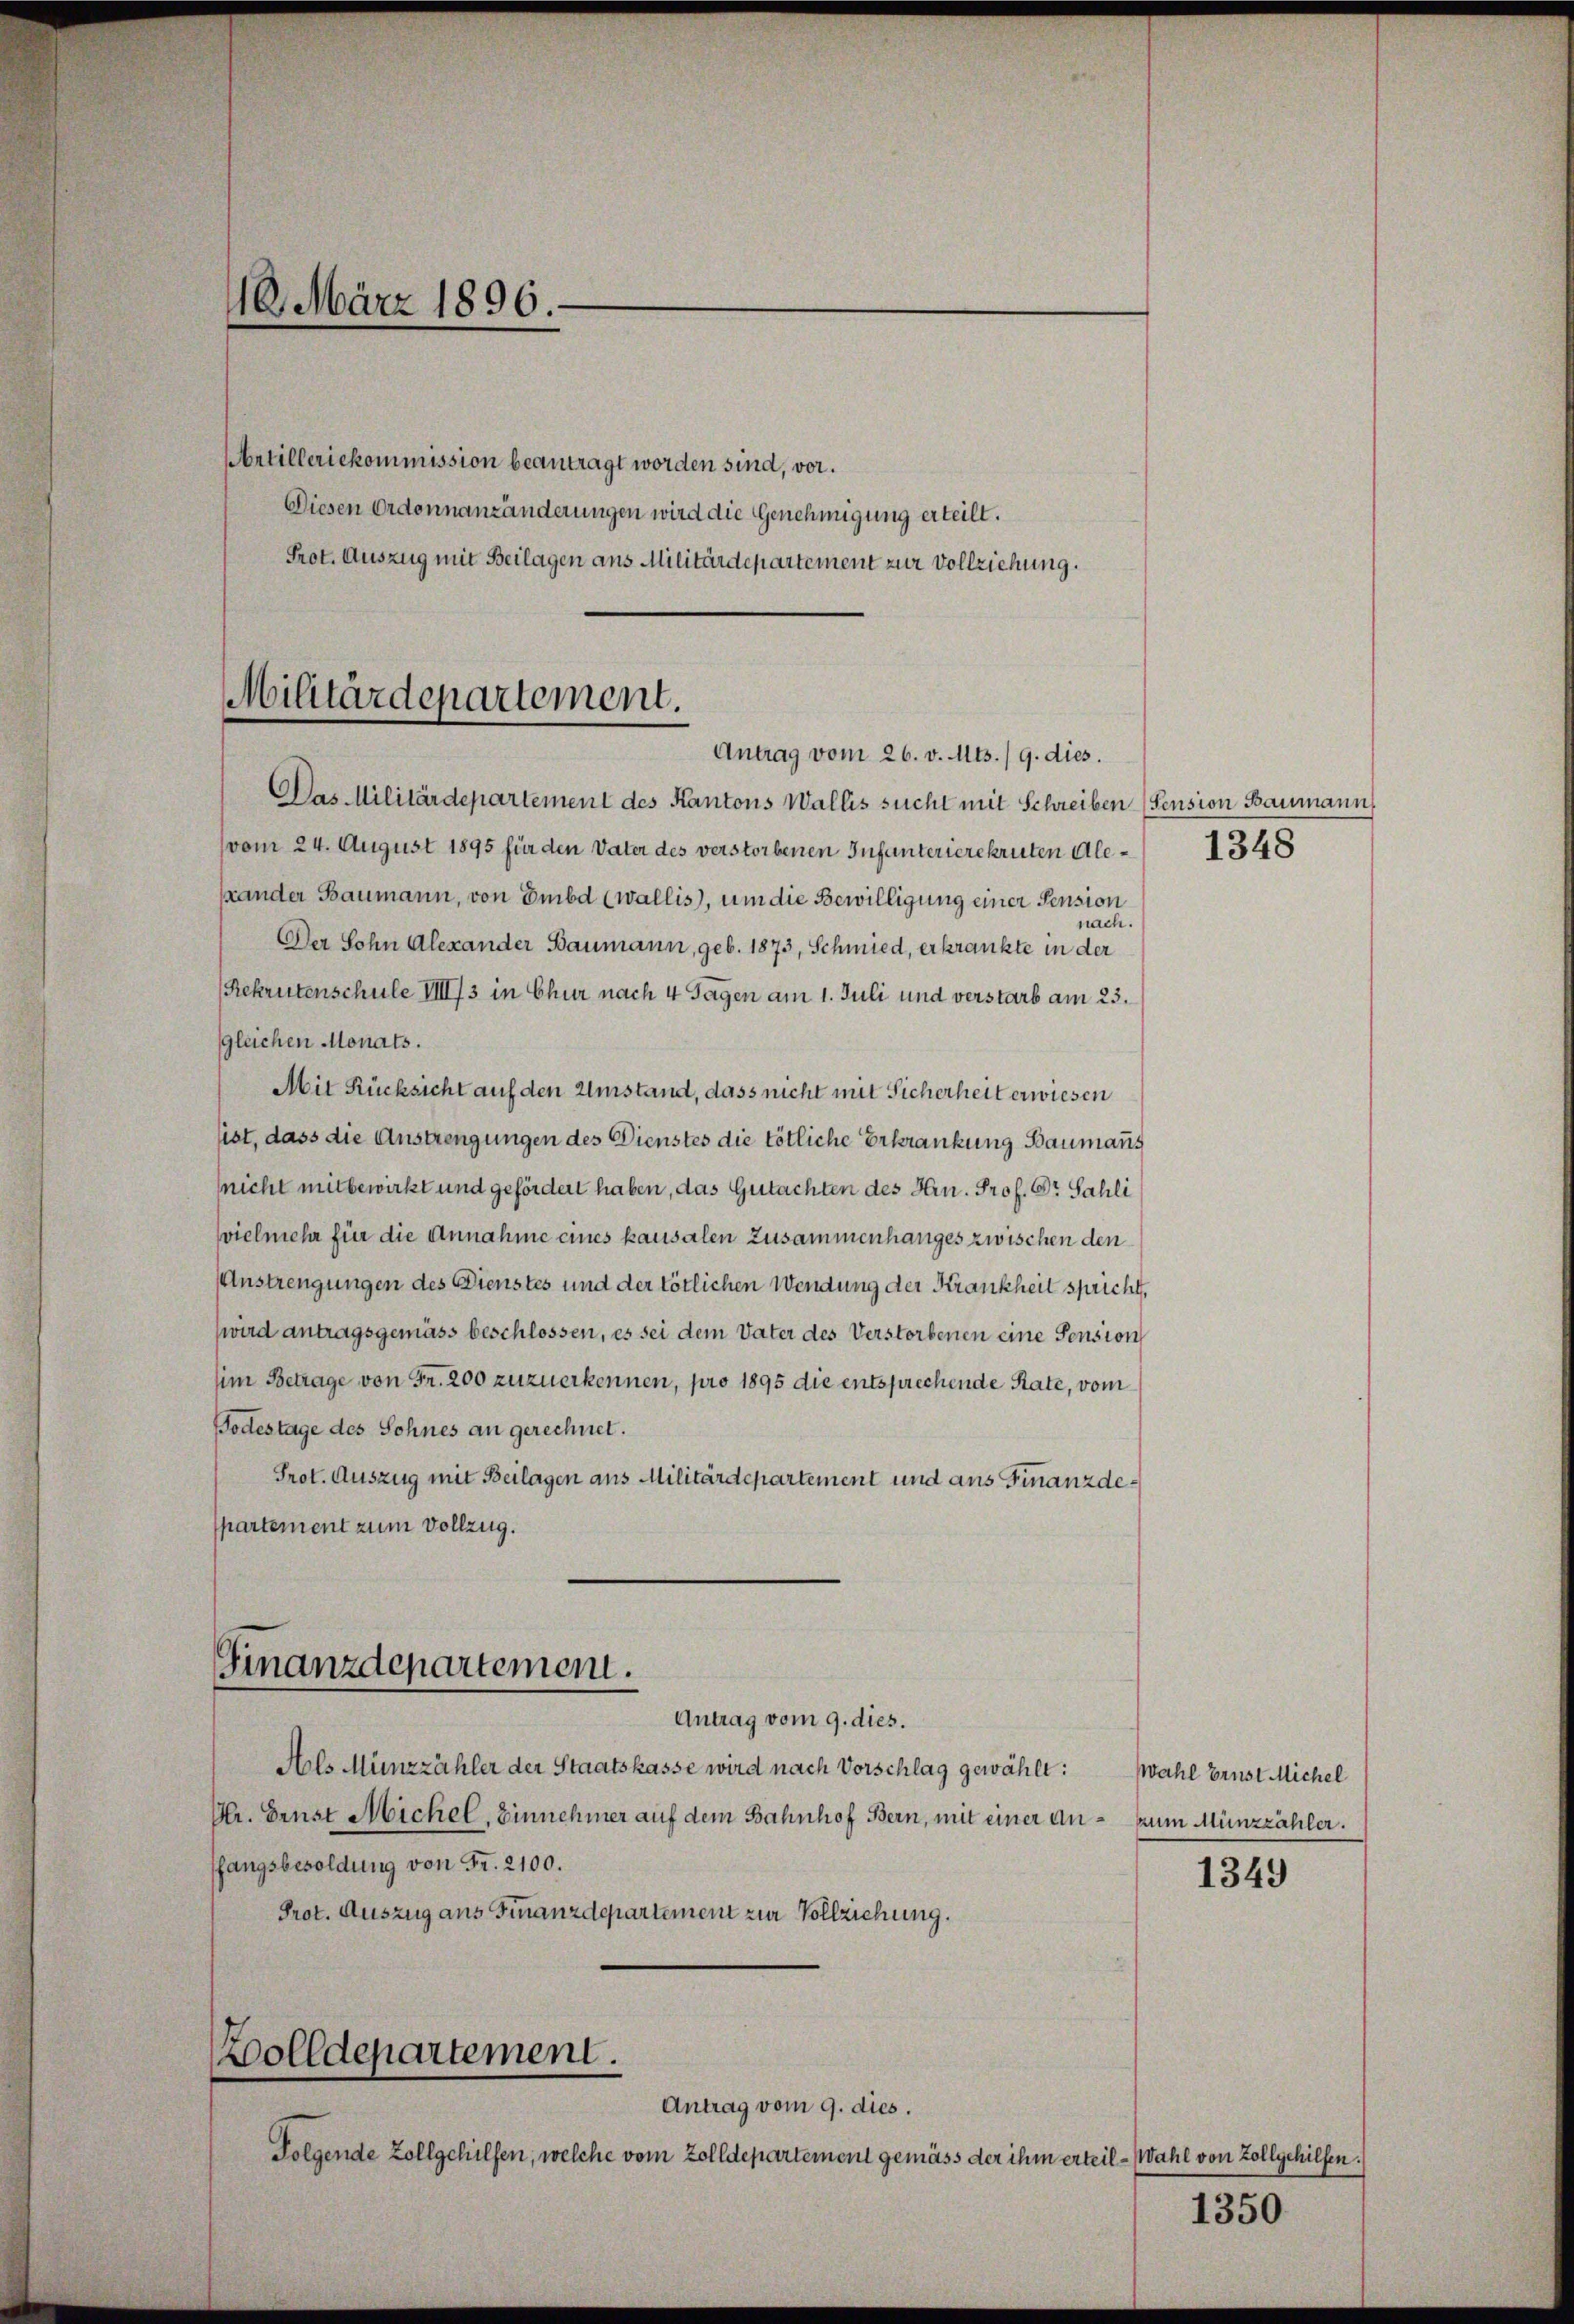
416. März 1896.

Artilleriekommission beantragt worden sind, vor.
Diesen Ordonnanzänderungen wird die Genehmigung erteilt.
Prot. Auszug mit Beilagen aus Militärdepartement zur Vollziehung.

Militärdepartement.
Antrag vom 26. v. Mts./9. dies.

Das Militärdepartement des Kantons Wallis sucht mit Schreiben (Pension Baumann,
(vom 24. August 1895 für den Vater des verstorbenen Infunterierekruten Alesrander Baumann, von Embd (Wallis), um die Bewilligung einer Pension
nach.
Der Sohn Alexander Baumann, geb. 1873, Schmied, erkrankte in der
Rekrutenschule IIII/3 in Chur nach 4 Tagen am 1. Juli und verstarb am 23.
gleichen Monats.
Mit Rücksicht auf den Umstand, dass nicht mit Sicherheit erwiesen
sist, dass die Anstrengungen des Dienstes die tötliche Erkrankung Baumann.
(nicht mitbewirkt und gefördert haben, das Gutachten des Hrn. Prof. Dr. Sahli
svielmehr für die Annahme eines kausalen Zusammenhanges zwischen den
Anstrengungen des Dienstes und der tötlichen Wendung der Krankheit sprich
wird antragsgemäss beschlossen, es sei dem Vater des Verstorbenen eine Pension
him Betrage von Fr. 200 zuzuerkennen, pro 1895 die entsprechende Rate, vom
Todestage des Sohnes an gerechnet.
Prot. Auszug mit Beilagen aus Militärdepartement und aus Finanzdespartement zum Vollzug.
Finanzdepartement.
Antrag vom 9. dies.
Als Münzzähler der Staatskasse wird nach Vorschlag gewählt:
Ulr. Brust Michel, Einnehmer auf dem Bahnhof Bern, mit einer anfangsbesoldung von Fr. 2100.
Prot. Auszug aus Finanzdepartement zur Vollziehung.
Bolldepartement.
Antrag vom 9. dies.
Folgende Zollgehilfen, welche vom Zolldepartement gemäss der ihm erteil - Wahl von Zollgehilfen.

1348

Wahl Brust Michel
zum Münzzähler.

1349

1350